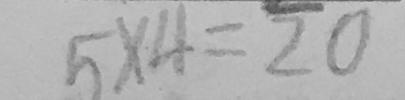
5 \times 4 = 2 0